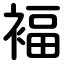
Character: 褔